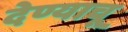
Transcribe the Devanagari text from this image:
देण्याचू